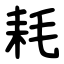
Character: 耗